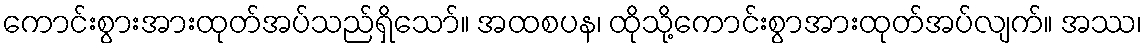
ကောင်းစွားအားထုတ်အပ်သည်ရှိသော်။ အထစပန၊ ထိုသို့ကောင်းစွာအားထုတ်အပ်လျက်။ အဿ၊